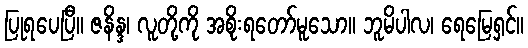
ပြုရပေပြီ။ ဇနိန္ဒ၊ လူတို့ကို အစိုးရတော်မူသော။ ဘူမိပါလ၊ ရေမြေရှင်။